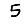
Digit: 5